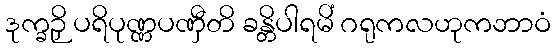
ဒုက္ခဉှိ ပရိပုဏ္ဏပဏှီတိ ခန္တိပါရမိံ ဂရုကလဟုကဘာဝံ